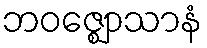
ဘဝဇ္ဈောသာနံ